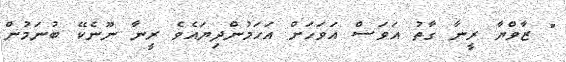
" ޒާވްޔާ ރީނާ ގާތު އަވަސް އަވަހަށް އަހަމުންދިޔައެވެ ރީނާ ނޫނެކޭ ބުނަމުން